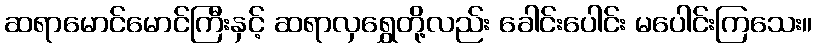
ဆရာမောင်မောင်ကြီးနှင့် ဆရာလှရွှေတို့လည်း ခေါင်းပေါင်း မပေါင်းကြသေး။